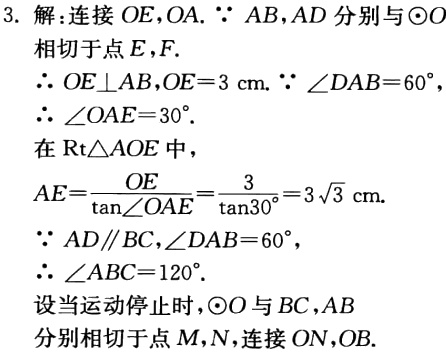
3. 解：连接 \(OE,OA\). \(\because AB,AD\) 分别与\(\odot O\)

相切于点 \(E,F\).

\(\therefore OE\perp AB,OE = 3\mathrm{cm}\). \(\because \angle DAB = 60^{\circ}\),

\(\therefore \angle OAE = 30^{\circ}\).

在 \(\mathrm{Rt}\triangle AOE\) 中，

\(AE=\frac{OE}{\tan\angle OAE}=\frac{3}{\tan30^{\circ}} = 3\sqrt{3}\mathrm{cm}\).

\(\because AD\parallel BC,\angle DAB = 60^{\circ}\),

\(\therefore \angle ABC = 120^{\circ}\).

设当运动停止时，\(\odot O\) 与 \(BC,AB\)

分别相切于点 \(M,N\), 连接 \(ON,OB\).